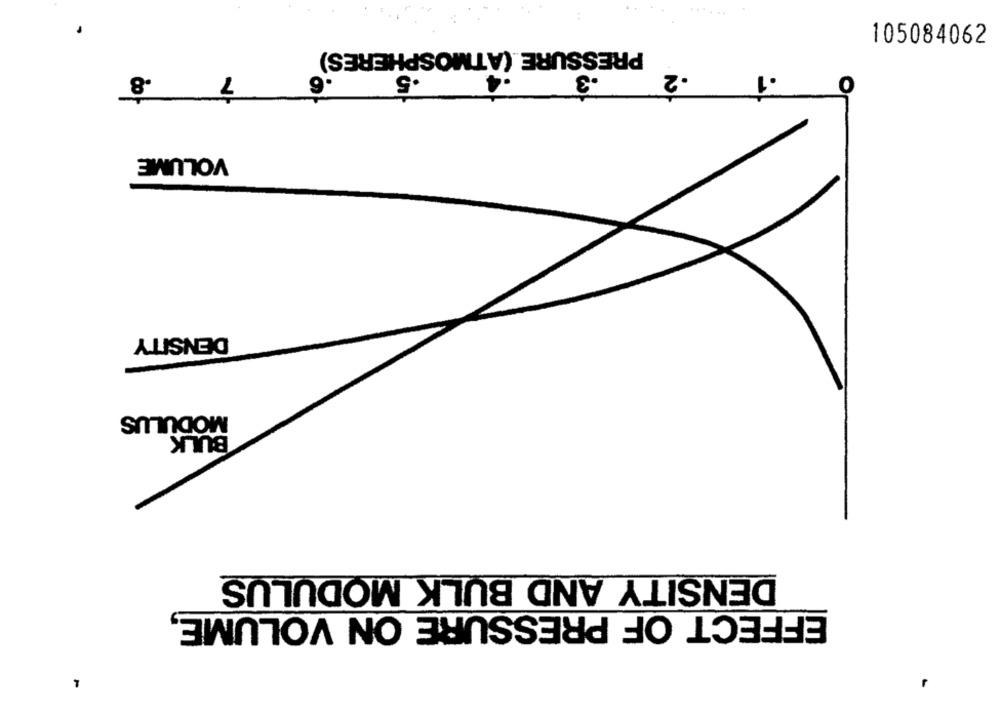
PRESSURE (ATMOSPHERES)
105084062
.8
7
6
.5
.3
-2
.1
O
VOLUME
DENSITY
MODULUS
BULK
DENSITY AND BULK MODULUS
EFFECT OF PRESSURE ON VOLUME,